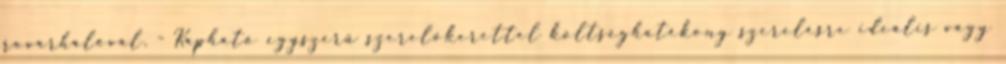
rovarhálóval. - Kapható egyszerű szerelőkerettel költséghatékony szerelésre ideális vagy